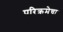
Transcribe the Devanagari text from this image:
परिक्रमेचा